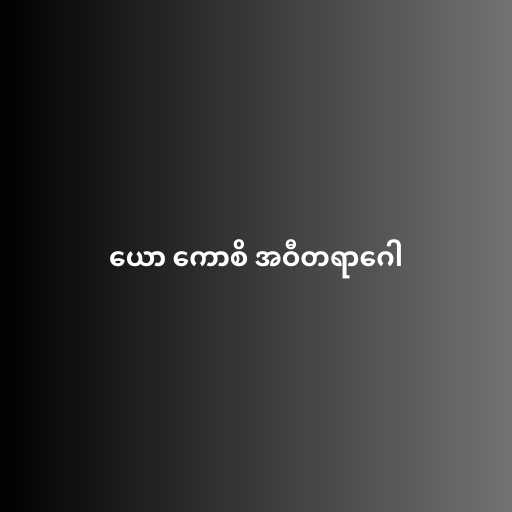
ယော ကောစိ အဝီတရာဂေါ